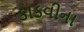
કાકવીના